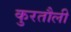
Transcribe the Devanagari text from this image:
कुरतौली